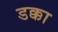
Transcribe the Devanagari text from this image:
डक्का